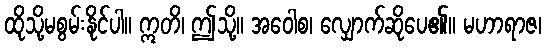
ထိုသို့မစွမ်းနိုင်ပါ။ ဣတိ၊ ဤသို့။ အဝေါစ၊ လျှောက်ဆိုပေ၏။ မဟာရာဇ၊